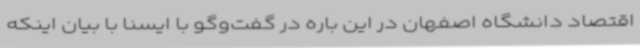
اقتصاد دانشگاه اصفهان در این باره در گفت‌وگو با ایسنا با بیان اینکه